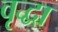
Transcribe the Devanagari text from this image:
वृृद्धा